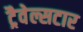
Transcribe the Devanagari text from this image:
ट्रैवेल्सटार